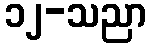
၁၂-သညာ